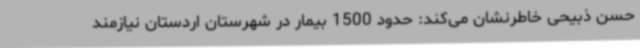
حسن ذبیحی خاطرنشان می‌کند: حدود 1500 بیمار در شهرستان اردستان نیازمند